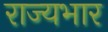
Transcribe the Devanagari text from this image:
राज्‍यभार